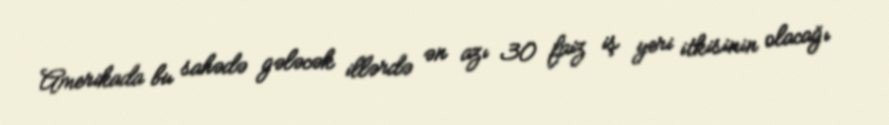
Amerikada bu sahədə gələcək illərdə ən azı 30 faiz iş yeri itkisinin olacağı